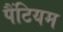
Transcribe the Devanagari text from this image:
पैंटियम